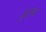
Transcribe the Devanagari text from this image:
ड्राथ